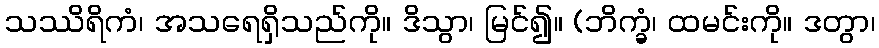
သဿိရိကံ၊ အသရေရှိသည်ကို။ ဒိသွာ၊ မြင်၍။ (ဘိက္ခံ၊ ထမင်းကို။ ဒတွာ၊